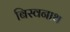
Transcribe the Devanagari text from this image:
बिस्वनाथ